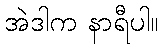
အဲဒါက နာရီပါ။